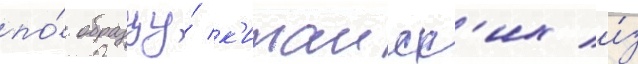
по́ образцу́ к'итаиск'их и́з